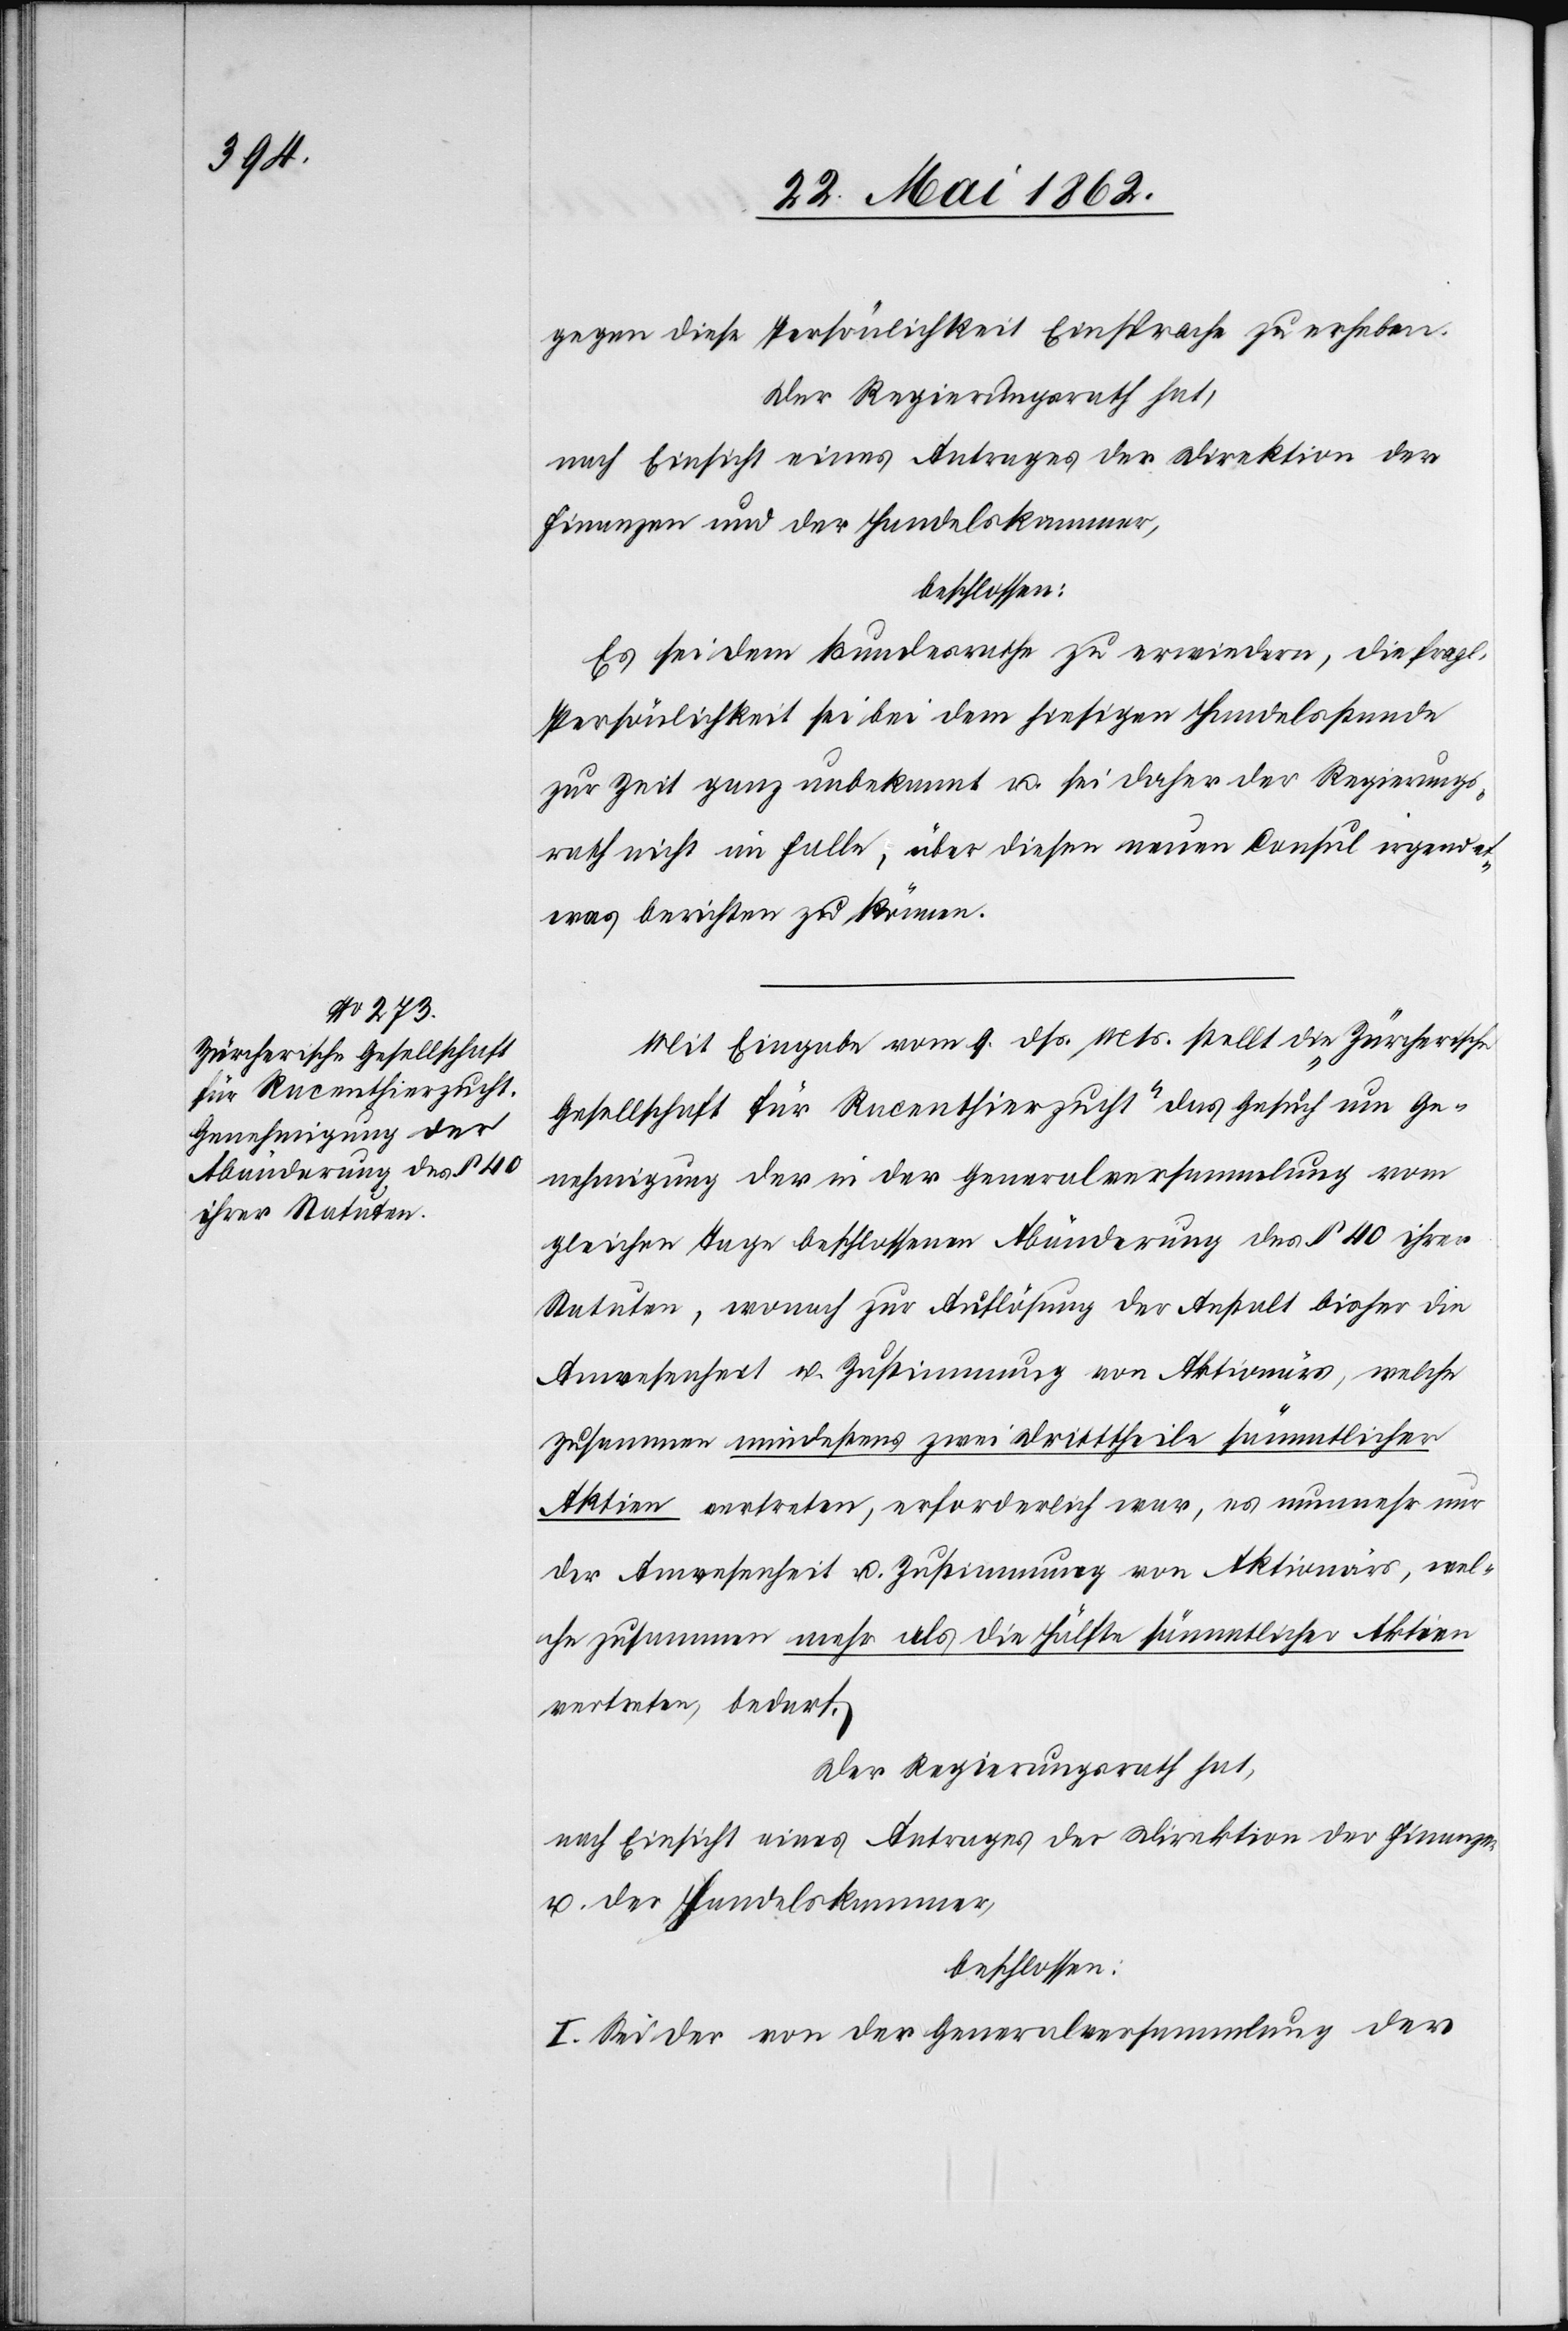
gegen diese Persönlichkeit Einsprache zu erheben.
Der Regierungsrath hat,
nach Einsicht eines Antrages der Direktion der
Finanzen und der Handelskammer,
beschlossen:
Es sei dem Bundesrathe zu erwiedern, die fragl.
Persönlichkeit sei bei dem hiesigen Handelsstande
zur Zeit ganz unbekannt u. sei daher der Regierungs¬
rath nicht im Falle, über diesen neuen Consul irgend e¬
twas berichten zu können.
Mit Eingabe vom 9. dß. Mts. stellt die „Zürcherische
Gesellschaft für Racenthierzucht“ das Gesuch um Ge¬
nehmigung der in der Generalversammlung vom
gleichen Tage beschlossenen Abänderung des § 40 ihrer
Statuten, wonach zur Auflösung der Anstalt bisher die
Anwesenheit u. Zustimmung von Aktionärs, welche
zusammen mindestens zwei Dritttheile sämmtlicher
Aktien vertreten, erforderlich war, es nunmehr nur
der Anwesenheit u. Zustimmung von Aktionärs, wel¬
che zusammen mehr als die Hälfte sämmtlicher Aktien
vertreten, bedarf.
Der Regierungsrath hat,
nach Einsicht eines Antrages der Direktion der Finanzen
u. der Handelskammer,
beschlossen:
I. Sei der von der Generalversammlung der